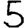
Digit: 5